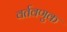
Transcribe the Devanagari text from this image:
वर्तवणुक